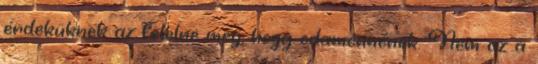
érdeküknek az felelne meg, hogy odamennének. Nem az a